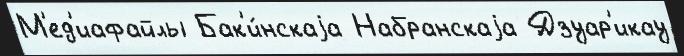
М'ед'иафайлы Бак'и́нскаjа Набранскаjа Дзуар'икау